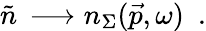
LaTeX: \tilde{n}\, \longrightarrow n_{\Sigma}(\vec{p},\omega)\, \, \, .